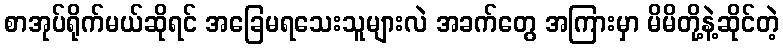
စာအုပ်ရိုက်မယ်ဆိုရင် အခြေမရသေးသူများလဲ အခက်တွေ အကြားမှာ မိမိတို့နဲ့ဆိုင်တဲ့